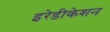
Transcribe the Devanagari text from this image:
इरेडीकेशन